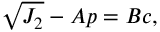
\sqrt { J _ { 2 } } - A p = B c ,